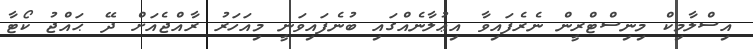
އިސްލާމިކް މިނިސްޓްރީން ނެރެފައިވާ އިޢުލާނެއްގައި ބުނެފައިވަނީ މިއަހަރު ރާއްޖެއަށް ދޭ ޙައްޖު ކޯޓާ